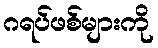
ဂရပ်ဖစ်များကို